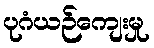
ပုဂံယဉ်ကျေးမှု